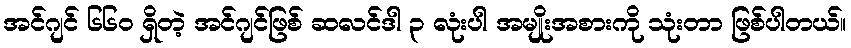
အင်ဂျင် ၆၆၀ ရှိတဲ့ အင်ဂျင်ဖြစ် ဆလင်ဒါ ၃ လုံးပါ အမျိုးအစားကို သုံးတာ ဖြစ်ပါတယ်။